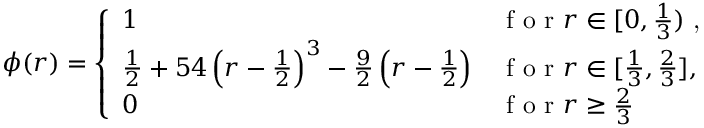
\phi ( r ) = \left\{ \begin{array} { l l } { 1 } & { \textrm { f o r \ensuremath { r \in [ 0 , \frac { 1 } { 3 } ) } , } } \\ { \frac { 1 } { 2 } + 5 4 \left( r - \frac { 1 } { 2 } \right) ^ { 3 } - \frac { 9 } { 2 } \left( r - \frac { 1 } { 2 } \right) } & { \textrm { f o r } r \in [ \frac { 1 } { 3 } , \frac { 2 } { 3 } ] , } \\ { 0 } & { \textrm { f o r } r \geq \frac { 2 } { 3 } } \end{array} \right.